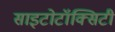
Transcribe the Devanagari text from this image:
साइटोटॉक्सिटी